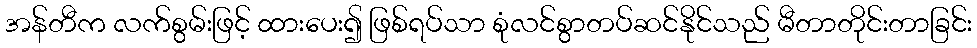
အန်တီက လက်စွမ်းဖြင့် ထားပေး၍ ဖြစ်ရပ်သာ စုံလင်စွာတပ်ဆင်နိုင်သည် မီတာတိုင်းတာခြင်း